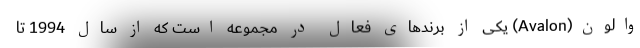
والون(Avalon) یکی از برندهای فعال در مجموعه است که از سال 1994 تا